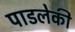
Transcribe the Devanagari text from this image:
पाडलेकी